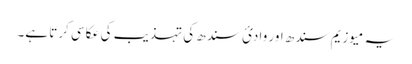
یہ میوزیم سندھ اور وادئ سندھ کی تہذیب کی عکاسی کرتا ہے۔